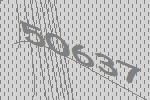
50637